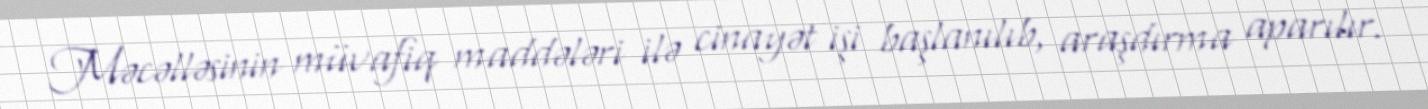
Məcəlləsinin müvafiq maddələri ilə cinayət işi başlanılıb, araşdırma aparılır.